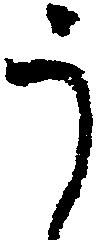
う